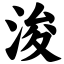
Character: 浚